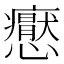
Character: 𭟢